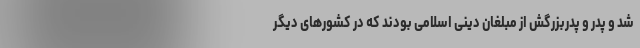
شد و پدر و پدربزرگش از مبلغان دینی اسلامی بودند که در کشورهای دیگر